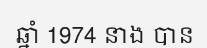
ឆ្នាំ 1974 នាង បាន